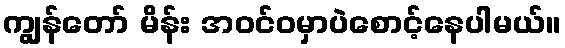
ကျွန်တော် မိန်း အဝင်ဝမှာပဲစောင့်နေပါမယ်။